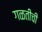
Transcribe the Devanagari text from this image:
गळतीची